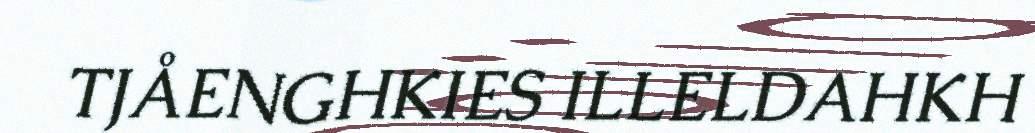
TJÅENGHKIES ILLELDAHKH